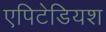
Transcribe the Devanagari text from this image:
एपिटेडियश